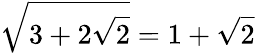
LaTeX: {\sqrt{3+2{\sqrt{2}}}}=1+{\sqrt{2}}